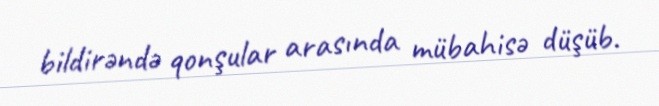
bildirəndə qonşular arasında mübahisə düşüb.